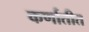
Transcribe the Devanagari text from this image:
कर्णातीत